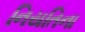
નિયતિના